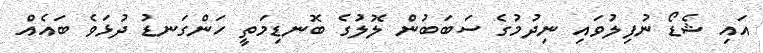
އައި ޝެޑޯ ނުފިލުވައި ނިދުމުގެ ސަބަބުން ލޮލުގެ ބޮނޑިމަތީ ހަންގަނޑު ދުޅަވެ ބައެއް